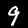
Label: 9